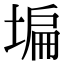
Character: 𡎚